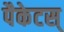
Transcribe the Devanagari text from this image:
पैकेटस्